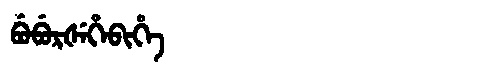
Manchu: ᠪᡠᠪᡠᡵᡧᡝᡥᡝᠪᡳᡥᡝ
Romanization: BUBURŠEHEBIHE